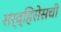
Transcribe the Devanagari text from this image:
सर्व्हिसेसची